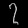
Digit: ၇